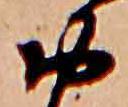
お